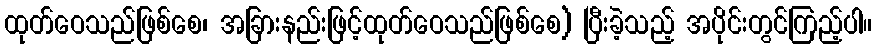
ထုတ်ဝေသည်ဖြစ်စေ၊ အခြားနည်းဖြင့်ထုတ်ဝေသည်ဖြစ်စေ) ပြီးခဲ့သည့် အပိုင်းတွင်ကြည့်ပါ။